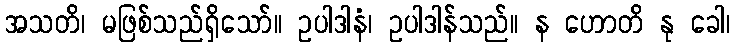
အသတိ၊ မဖြစ်သည်ရှိသော်။ ဥပါဒါနံ၊ ဥပါဒါန်သည်။ န ဟောတိ နု ခေါ၊